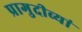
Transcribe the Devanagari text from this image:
प्रागुदीव्यां